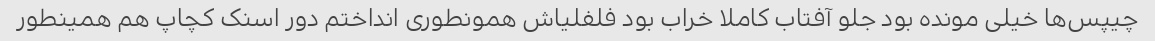
چیپس‌ها خیلی مونده بود جلو آفتاب کاملا خراب بود فلفلیاش همونطوری انداختم دور اسنک کچاپ هم همینطور